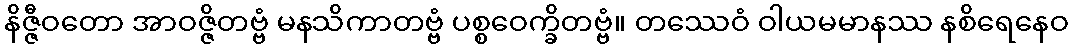
နိဇ္ဇီဝတော အာဝဇ္ဇိတဗ္ဗံ မနသိကာတဗ္ဗံ ပစ္စဝေက္ခိတဗ္ဗံ။ တဿေဝံ ဝါယမမာနဿ နစိရေနေဝ